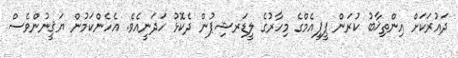
ދައުރަކަށް އިންތިޚާބު ކުރަން ޕީޕީއެމްގެ މިހާރުގެ ލީޑަރޝިޕުން ދެކޮޅު ހަދަނީއެވެ. އެހެންކަމުން ޔަޤީނުންވެސް